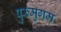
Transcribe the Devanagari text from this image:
पुरुमुगम